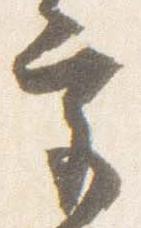
宮